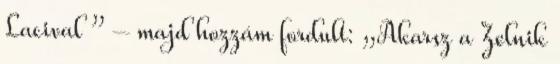
Lacival ” – majd hozzám fordult: „Akarsz a Zelnik